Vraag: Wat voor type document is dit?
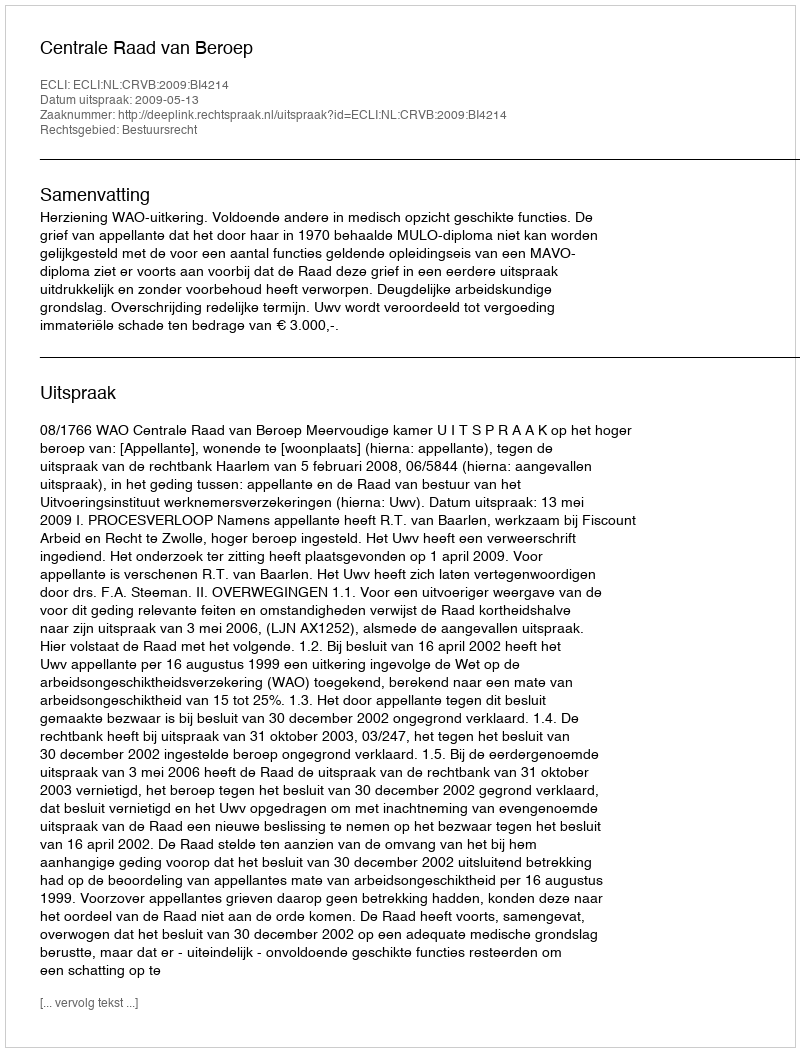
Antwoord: Uitspraak